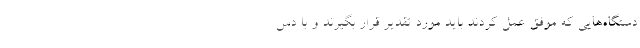
دستگاه‌هایی که موفق عمل کردند باید مورد تقدیر قرار بگیرند و با دس